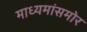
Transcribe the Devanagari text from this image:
माध्यमांसमोर